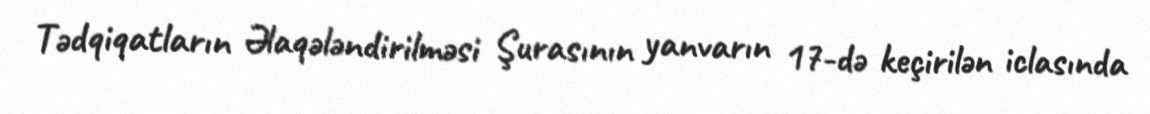
Tədqiqatların Əlaqələndirilməsi Şurasının yanvarın 17-də keçirilən iclasında